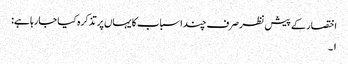
اختصار کے پیش نظر صرف چند اسباب کا یہاں پر تذکرہ کیا جارہا ہے:
۱۔